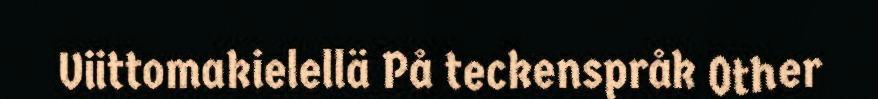
Viittomakielellä På teckenspråk Other